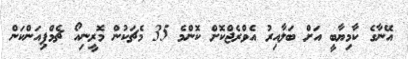
އޭނާގެ ކާމިޔާބީ އަށް ބަލާއިރު އެވްރެޖްކޮށް ކޮންމެ 35 މެޗަކުން މޮރީނިއޯ ޗެމްޕިއަންކަން